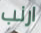
ارنب